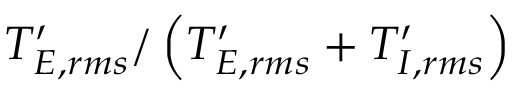
T _ { E , r m s } ^ { \prime } / \left( T _ { E , r m s } ^ { \prime } + T _ { I , r m s } ^ { \prime } \right)